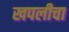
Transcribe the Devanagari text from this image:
खपलीचा